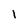
Character: 1